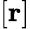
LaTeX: [\mathbf{r}]